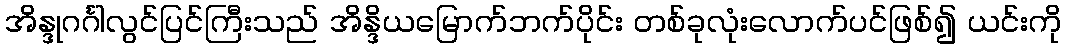
အိန္ဒုဂင်္ဂါလွင်ပြင်ကြီးသည် အိန္ဒိယမြောက်ဘက်ပိုင်း တစ်ခုလုံးလောက်ပင်ဖြစ်၍ ယင်းကို